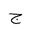
Letter: _gim